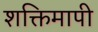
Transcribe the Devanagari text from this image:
शक्तिमापी